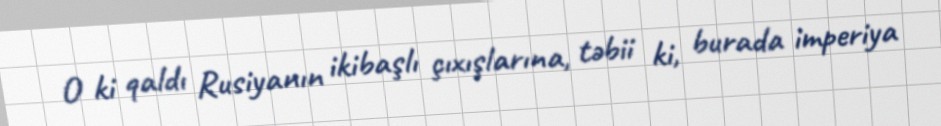
O ki qaldı Rusiyanın ikibaşlı çıxışlarına, təbii ki, burada imperiya